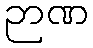
ဉာဏ